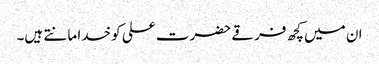
ان میں کچھ فرقے حضرت علی کو خدا مانتے ہیں۔